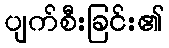
ပျက်စီးခြင်း၏